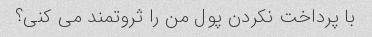
با پرداخت نکردن پول من را ثروتمند می کنی؟